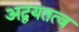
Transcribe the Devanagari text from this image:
अद्वयतत्व